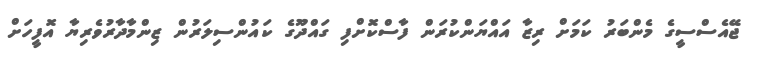
ޖޭއެސްސީގެ މެންބަރު ކަމަށް ރިޒާ އައްޔަންކުރަން ފާސްކޮށްފި ގައްދޫގެ ކައުންސިލަރުން ޒިންމާދާރުވެރިޔާ އޮފީހަށް